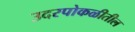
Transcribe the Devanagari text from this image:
उदरपोकळीतील